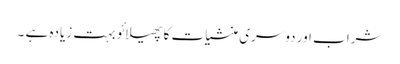
شراب اور دوسری منشیات کا پھیلائو بہت زیادہ ہے ۔